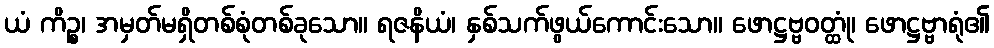
ယံ ကိဉ္စ၊ အမှတ်မရှိတစ်စုံတစ်ခုသော။ ရဇနိယံ၊ နှစ်သက်ဖွယ်ကောင်းသော။ ဖောဋ္ဌဗ္ဗဝတ္ထုံ၊ ဖောဋ္ဌဗ္ဗာရုံ၏